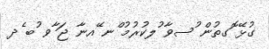
ގުޅޭ ޮގތުން ުސވާ ުލކުރުމު ްނ ޭއނާ ޖަ ާވ ުބ ެދ